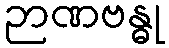
ဉာဏဗန္ဓု